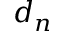
d _ { n }